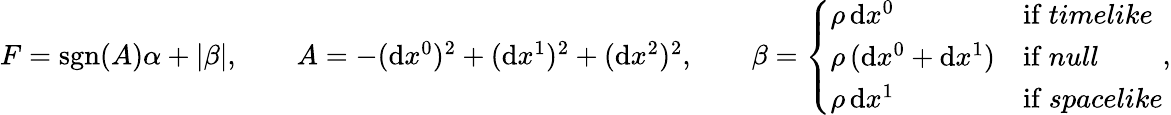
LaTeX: \begin{array}{r}{F=\mathrm{sgn}(A)\alpha+|\beta|,\qquad A=-(\mathrm{d}x^{0})^{2}+(\mathrm{d}x^{1})^{2}+(\mathrm{d}x^{2})^{2},\qquad\beta=\left\{ \begin{array}{ll}{\rho\, \mathrm{d}x^{0}}&{\mathrm{if~\textit{timelike}}}\\ {\rho\, (\mathrm{d}x^{0}+\mathrm{d}x^{1})}&{\mathrm{if~\textit{null}}}\\ {\rho\, \mathrm{d}x^{1}}&{\mathrm{if~\textit{spacelike}}}\end{array}\right.,}\end{array}